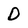
Character: D